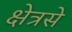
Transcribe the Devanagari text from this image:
क्षेत्रसे